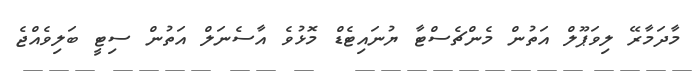
މާދަމާރޭ ލިވަޕޫލް އަތުން މެންޗެސްޓާ ޔުނައިޓެޑް މޮޅުވެ އާސެނަލް އަތުން ސިޓީ ބަލިވެއްޖެ